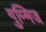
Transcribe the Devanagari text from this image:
गुम्मिज